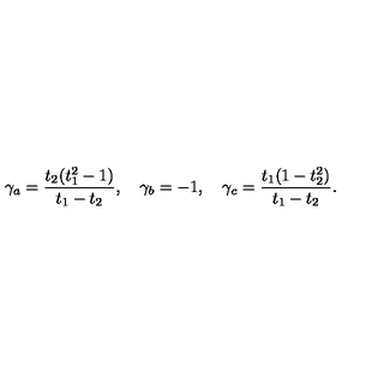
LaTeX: \gamma _ { a } = { \frac { t _ { 2 } ( t _ { 1 } ^ { 2 } - 1 ) } { t _ { 1 } - t _ { 2 } } } , \quad \gamma _ { b } = - 1 , \quad \gamma _ { c } = { \frac { t _ { 1 } ( 1 - t _ { 2 } ^ { 2 } ) } { t _ { 1 } - t _ { 2 } } } .